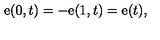
{ \mathrm { \boldmath e } } ( 0 , t ) = - { \mathrm { \boldmath e } } ( 1 , t ) = { \mathrm { \boldmath e } } ( t ) ,